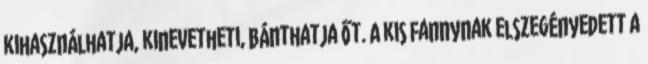
kihasználhatja, kinevetheti, bánthatja őt. A kis Fannynak elszegényedett a